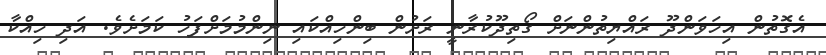
އެގޮތުން އިހަވަންދޫ ރައްޔިތުންނަށް ގޯތިދޫކުރާނީ ރަށުން ބިންހިއްކައި ނިންމުމަށްފަހު ކަމަށެވެ. އަދި ހިއްކާ